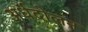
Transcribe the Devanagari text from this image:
अर्धदोलन